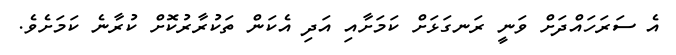
އެ ސަރަހައްދަށް ވަނީ ރަނގަޅަށް ކަމަށާއި އަދި އެކަން ތަކުރާރުކޮށް ކުރާނެ ކަމަށެވެ.